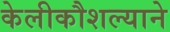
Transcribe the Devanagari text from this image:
केलीकौशल्याने